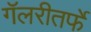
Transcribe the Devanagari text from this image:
गॅलरीतर्फे